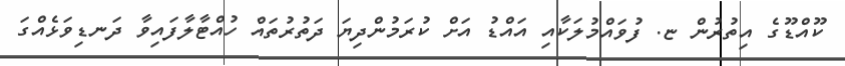
ކޫއްޑޫގެ އިތުރުން ޏ. ފުވައްމުލަކާއި އައްޑު އަށް ކުރަމުންދިޔަ ދަތުރުތައް ހުއްޓާލާފައިވާ ދަނޑިވަޅެއްގަ